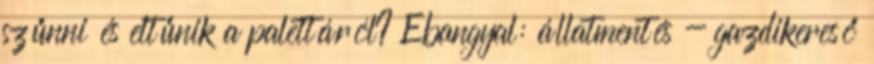
szűnni és eltűnik a palettáról? Ebangyal: állatmentés - gazdikereső